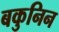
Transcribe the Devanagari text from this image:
बकुनिन